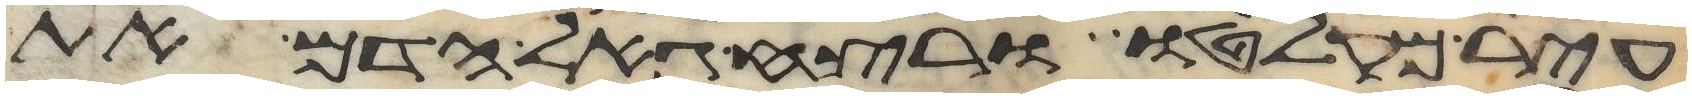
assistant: עיר מקלטו ורצח גאל הדם את